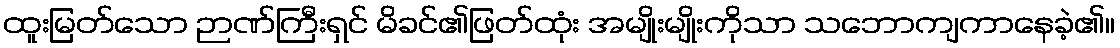
ထူးမြတ်သော ဉာဏ်ကြီးရှင် မိခင်၏ဖြတ်ထုံး အမျိုးမျိုးကိုသာ သဘောကျကာနေခဲ့၏။